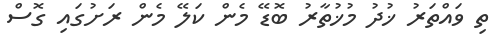
ތި ވައްތަރު ޚުދު މުޚުތާރު ބޮޑޭ މެން ކަލޭ މެން ރަށުގައި ގޮސް